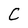
Character: C